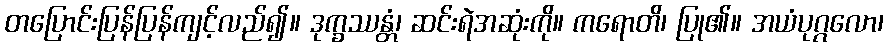
တပြောင်းပြန်ပြန်ကျင့်လည်၍။ ဒုက္ခဿန္တံ၊ ဆင်းရဲအဆုံးကို။ ကရောတိ၊ ပြု၏။ အယံပုဂ္ဂလော၊